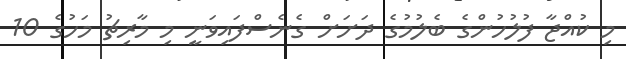
މި ކުއްޖާ ފުލުހުންގެ ބެލުމުގެ ދަށަށް ގެނެސްފައިވަނީ މި މާރިޗު މަހުގެ 10